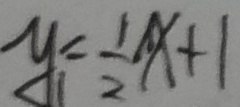
y _ { 1 } = \frac { 1 } { 2 } x + 1